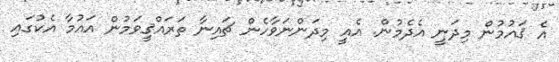
އެ ޤައުމުން މިދަނީ އެދެމުން. އެއީ މިދަންނަވާހެން ޗައިނާ ތަރައްޤީވަމުން އައުމާ އެކުގައި